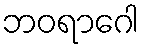
ဘဝရာဂေါ